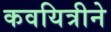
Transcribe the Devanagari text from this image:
कवयित्रीने